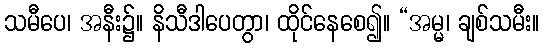
သမီပေ၊ အနီး၌။ နိသီဒါပေတွာ၊ ထိုင်နေစေ၍။ “အမ္မ၊ ချစ်သမီး။